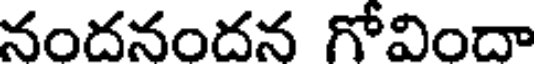
నందనందన గోవిందా